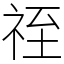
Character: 祬